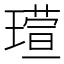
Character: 𪼘